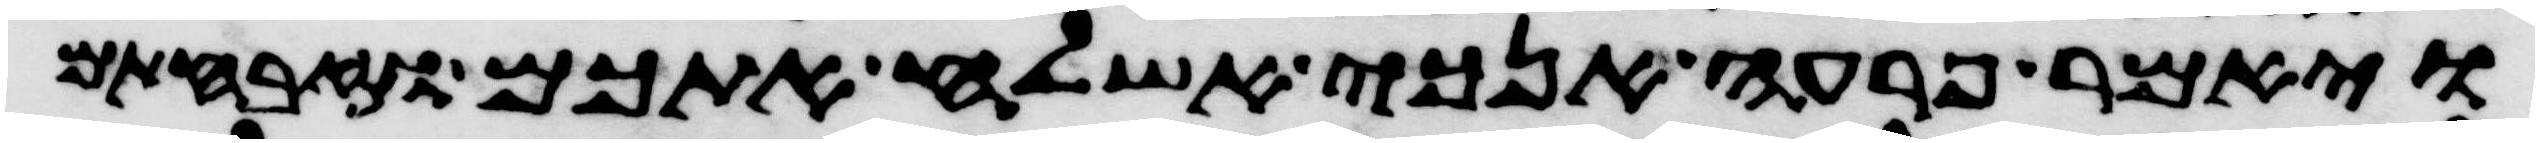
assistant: ויאמר פרעה אנכי אשלח אתכם וזבחתם